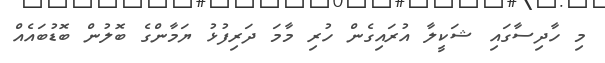
މި ހާދިސާގައި ޝަކީލާ އުރައިގެން ހުރި މާމަ ދަރިފުޅު ޔަމާންގެ ބޮލުން ބޮޑުބައެއް